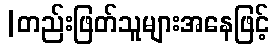
|တည်းဖြတ်သူများအနေဖြင့်